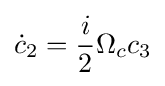
{\dot {c}}_{2}={\frac {i}{2}}\Omega _{c}c_{3}